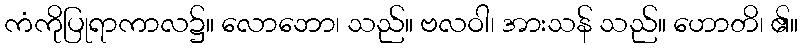
ကံကိုပြုရာကာလ၌။ လောဘော၊ သည်။ ဗလဝါ၊ အားသန် သည်။ ဟောတိ၊ ၏။